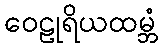
ဝေဠုရိယထမ္ဘံ